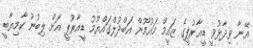
އޭނާ ވިދާޅުވީ ޑީއާރުޕީގެ ޒައީމް މައުމޫން އަބްދުލްގައްޔޫމު ޑީއާރުޕީ އަށް ލިބުނު ކާމިޔާބީ